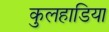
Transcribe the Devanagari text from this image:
कुलहाडिया